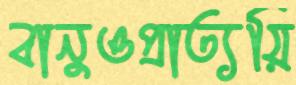
বানুওপ্রাত্যয়ি